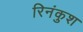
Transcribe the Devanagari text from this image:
रिनंकुश